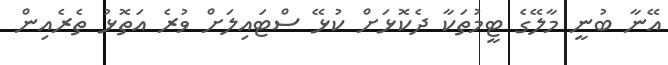
އޭނާ ބުނީ މާލޭގެ ޓީމުތަކާ ދެކޮޅަށް ކުޅޭ ސްޓައިލަށް ވުރެ އަތޮޅު ތެރެއިން